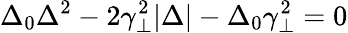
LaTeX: \Delta_{0}\Delta^{2}-2\gamma_{\perp}^{2}|\Delta|-\Delta_{0}\gamma_{\perp}^{2}=0